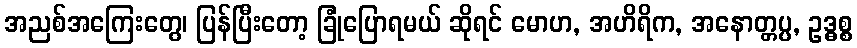
အညစ်အကြေးတွေ၊ ပြန်ပြီးတော့ ခြုံပြောရမယ် ဆိုရင် မောဟ, အဟိရိက, အနောတ္တပ္ပ, ဥဒ္ဓစ္စ